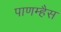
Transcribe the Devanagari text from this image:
पाणम्हैस